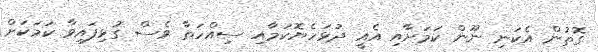
ގޮތުން އެކަނި ނޫން ކަމަށާއި އެއީ ދުޅަހެޔޮކަމާއި ސިއްހަތާ ވެސް ގުޅިފައިވާ ކަމަކަށް